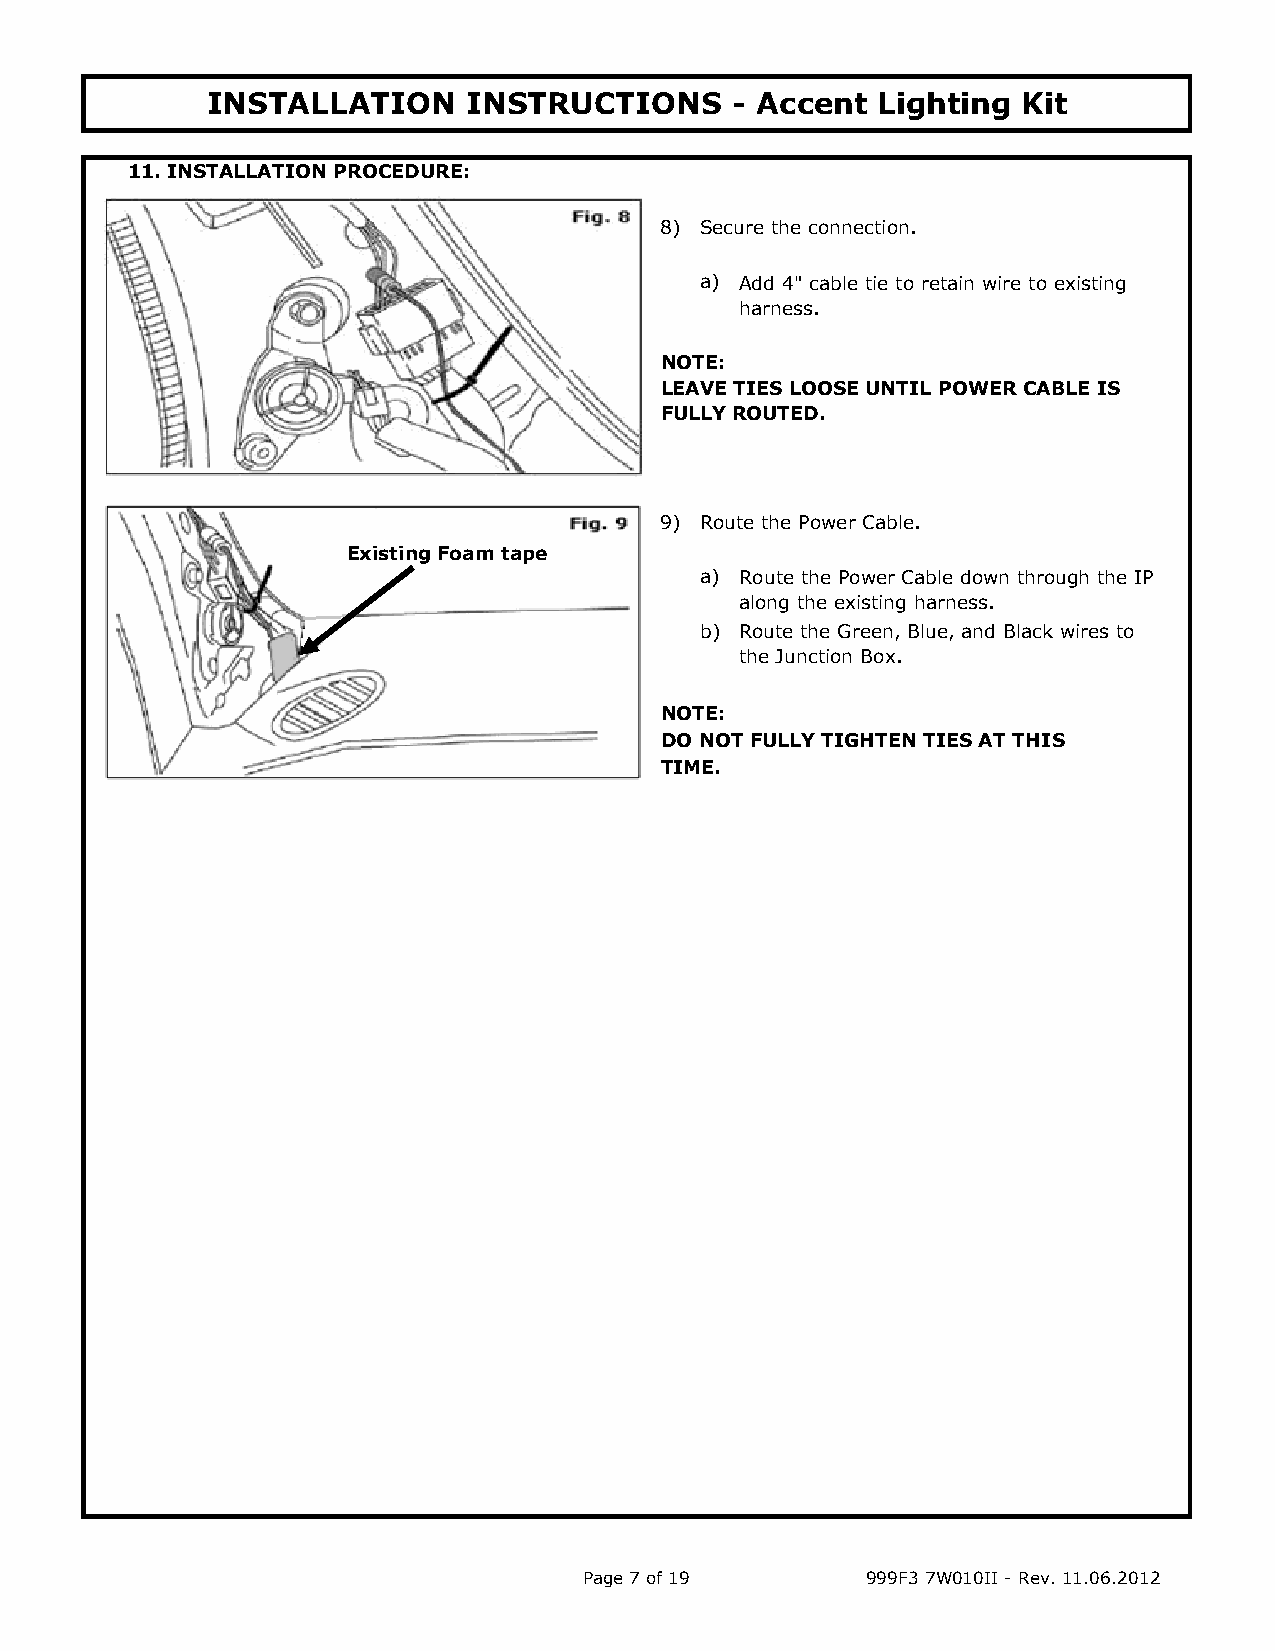
INSTALLATION     INSTRUCTIONS      - Accent Lighting  Kit
 11. INSTALLATION PROCEDURE:
 8) Secure the connection.
 a) Add 4" cable tie to retain wire to existing
 harness.
 NOTE:
 LEAVE TIES LOOSE UNTIL POWER CABLE IS
 FULLY ROUTED.
 9) Route the Power Cable.
 Existing Foam tape
 a) Route the Power Cable down through the IP
 along the existing harness.
 b) Route the Green, Blue, and Black wires to
 the Junction Box.
 NOTE:
 DO NOT FULLY TIGHTEN TIES AT THIS
 TIME.
 Page 7 of 19      999F3 7W010II - Rev. 11.06.2012